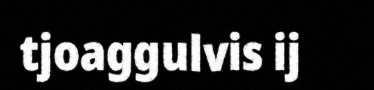
tjoaggulvis ij